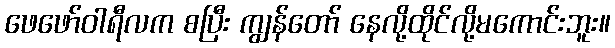
ဖေဖော်ဝါရီလက စပြီး ကျွန်တော် နေလို့ထိုင်လို့မကောင်းဘူး။